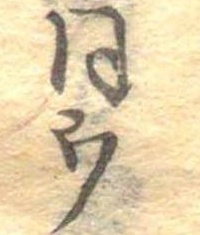
同ウ